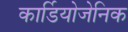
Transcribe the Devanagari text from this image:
कार्डियोजेनिक